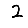
Digit: 2